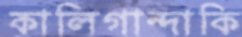
কালিগান্দাকি